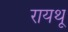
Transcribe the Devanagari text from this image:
रायथू